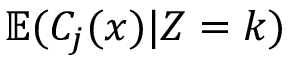
\mathbb { E } ( C _ { j } ( x ) | Z = k )